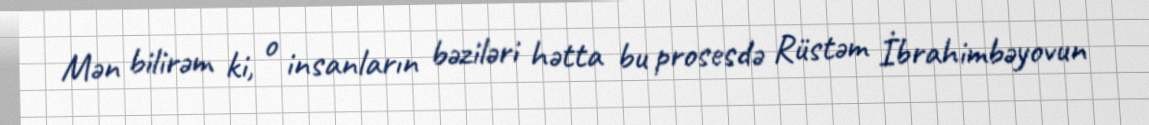
Mən bilirəm ki, o insanların bəziləri hətta bu prosesdə Rüstəm İbrahimbəyovun